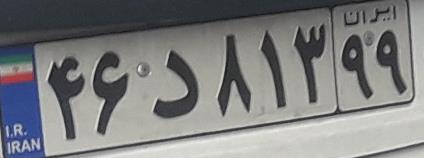
۴۶د۸۱۳۹۹